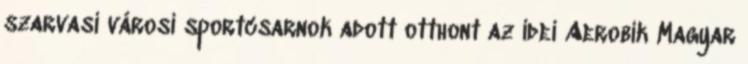
szarvasi városi sportcsarnok adott otthont az idei Aerobik Magyar